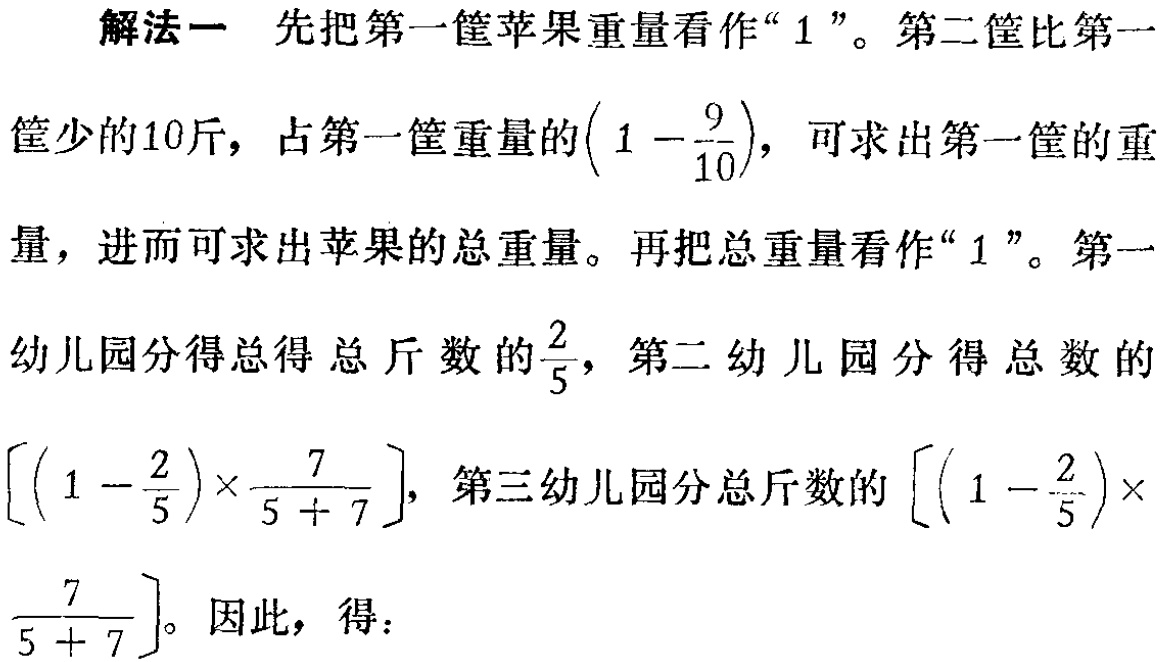
解法一 先把第一筐苹果重量看作“$1$”。第二筐比第一

筐少的10斤，占第一筐重量的$\left(1 - \dfrac{9}{10}\right)$，可求出第一筐的重

量，进而可求出苹果的总重量。再把总重量看作“$1$”。第一

幼儿园分得总得总斤数的$\dfrac{2}{5}$，第二幼儿园分得总数的

$\left[\left(1 - \dfrac{2}{5}\right)\times\dfrac{7}{5 + 7}\right]$，第三幼儿园分总斤数的$\left[\left(1 - \dfrac{2}{5}\right)\times$

$\dfrac{7}{5 + 7}\right]$。因此，得：